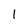
Character: 1